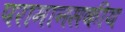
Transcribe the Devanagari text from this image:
परामानसकीय